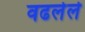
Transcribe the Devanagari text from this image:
वढलेले